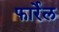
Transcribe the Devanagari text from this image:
फार्रेल